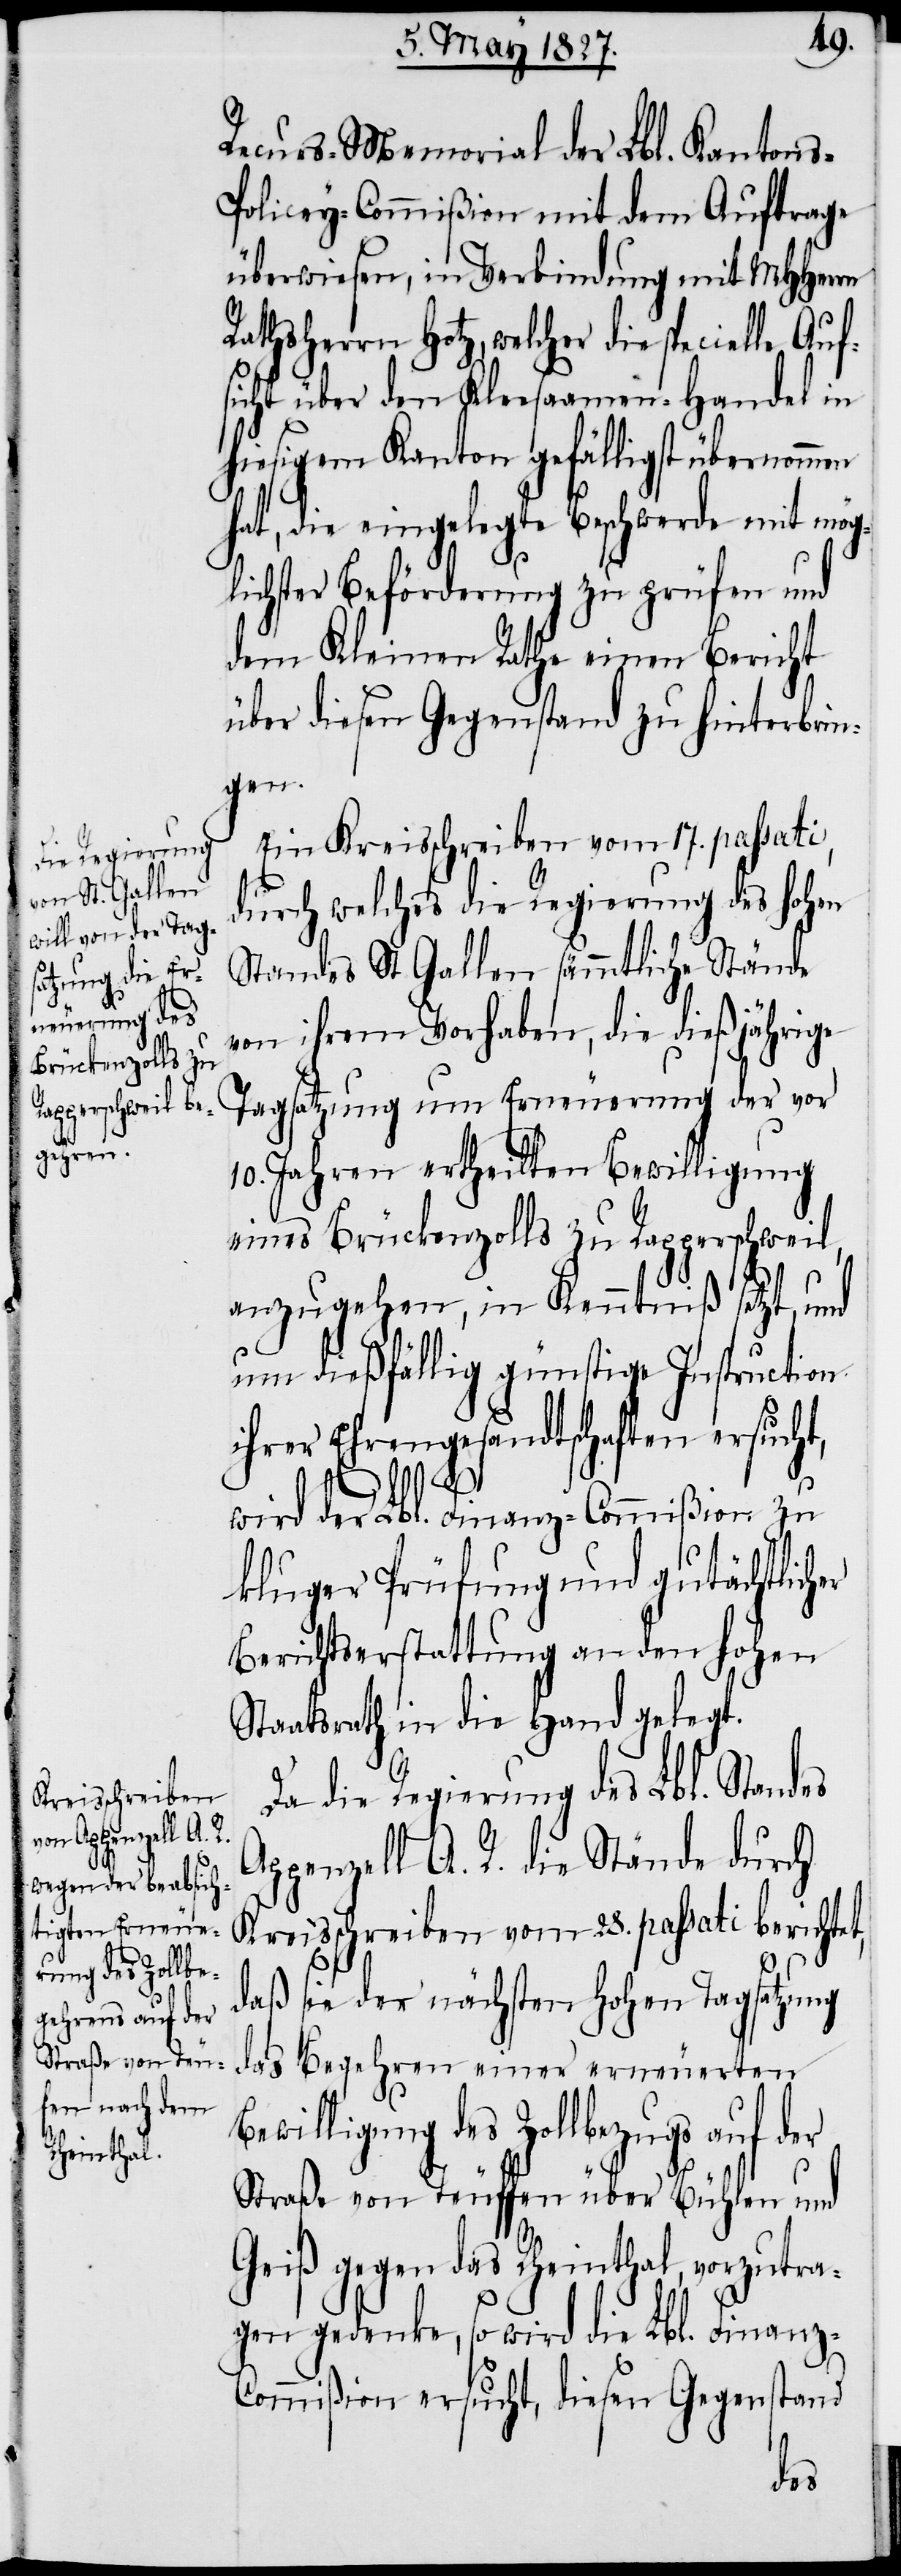
er

Recurs-Memorial der Lbl. Kanton¬
s-Policey-Commißion mit dem Auftrage
überwiesen, in Verbindung mit MHHerrn
Rathsherrn Hotz, welcher die specielle Auf¬
sicht über den Kleesamen-Handel in
hiesigem Kanton gefälligst übernommen
hat, die eingelegte Beschwerde mit mög¬
lichster Beförderung zu prüfen und
dem Kleinen Rathe einen Bericht
über diesen Gegenstand zu hinterbrin¬
gen.
Ein Kreisschreiben vom 17. passati,
durch welches die Regierung des Hohen
Standes St. Gallen sämmtliche Stände
von ihrem Vorhaben, die dießjährige
Tagsatzung um Erneuerung der vor
10. Jahren ertheilten Bewilligung
eines Brückenzolls zu Rapperschweil,
anzugehen, in Kenntniß setzt, und
um dießfällig günstige Instruction
ihrer Ehrengesandtschaften ersucht,
wird der Lbl. Finanz-Commißion zu
kluger Prüfung und gutächtlich¬
Berichtserstattung an den Hohen
Staatsrath in die Hand gelegt.
Da die Regierung des Lbl. Standes
Appenzell A. R. die Stände durch
Kreisschreiben vom 28. passati berichtet,
daß sie der nächsten Hohen Tagsatzung
das Begehren einer erneuerten
Bewilligung des Zollbezugs auf der
Straße von Teuffen über Bühlen und
Geiß gegen das Rheinthal, vorzutra¬
gen gedenke, so wird die Lbl. Finanz-C¬
stand
ommißion ersucht, diesen Gegen¬